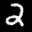
Label: 2